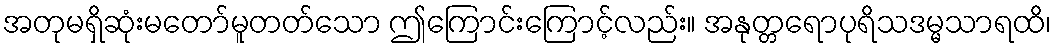
အတုမရှိဆုံးမတော်မူတတ်သော ဤကြောင်းကြောင့်လည်း။ အနုတ္တရောပုရိသဒမ္မသာရထိ၊